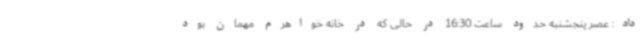
داد: عصر پنجشنبه حدود ساعت 16:30 در حالی که در خانه خواهرم مهمان بود